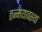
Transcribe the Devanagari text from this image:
तन्मयावस्था